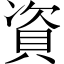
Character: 資